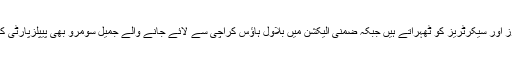
چئیرمین بلاول بھٹو زرداری سے کارکن عدم رابطے کا ذمہ دار ان کے اردگرد مینجرز اور سیکرٹریز کو ٹھہراتے ہیں جبکہ ضمنی الیکشن میں بلاول ہاؤس کراچی سے لائے جانے والے جمیل سومرو بھی پیپلزپارٹی کے کئی ایک کارکنوں اور عہدے داران میں پسندیدگی کی نظر سے نہیں دیکھے جاتے۔